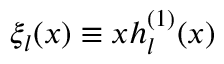
\xi _ { l } ( x ) \equiv x h _ { l } ^ { ( 1 ) } ( x )